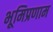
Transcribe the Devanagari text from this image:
भूमिप्रणाम